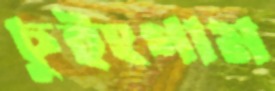
চুইংগাম